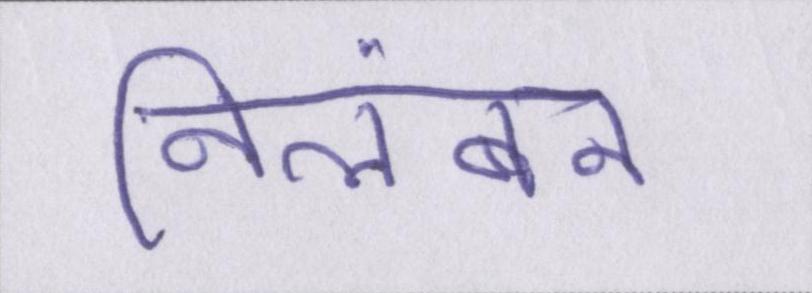
निलंबन